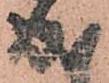
成